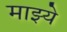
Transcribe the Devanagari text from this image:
माझ्ये